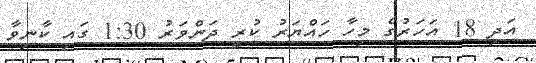
އަދި 18 އަހަރުގެ މިހާ ހައްޔަރު ކުރީ ދަންވަރު 1:30 ގައި ކާނިވާ